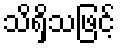
သိရှိသဖြင့်